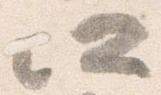
所